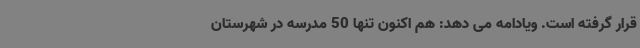
قرار گرفته است. ویادامه می دهد: هم اکنون تنها 50 مدرسه در شهرستان